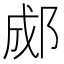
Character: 郕